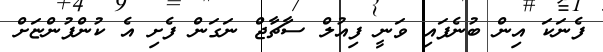
ފެނަކަ އިން ބުނެފައި ވަނީ ފިއުލް ސާޗާޖް ނަގަން ފެށި އެ ކުންފުންޏަށް